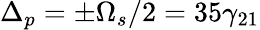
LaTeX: \Delta_{p}=\pm\Omega_{s}/2=35\gamma_{21}